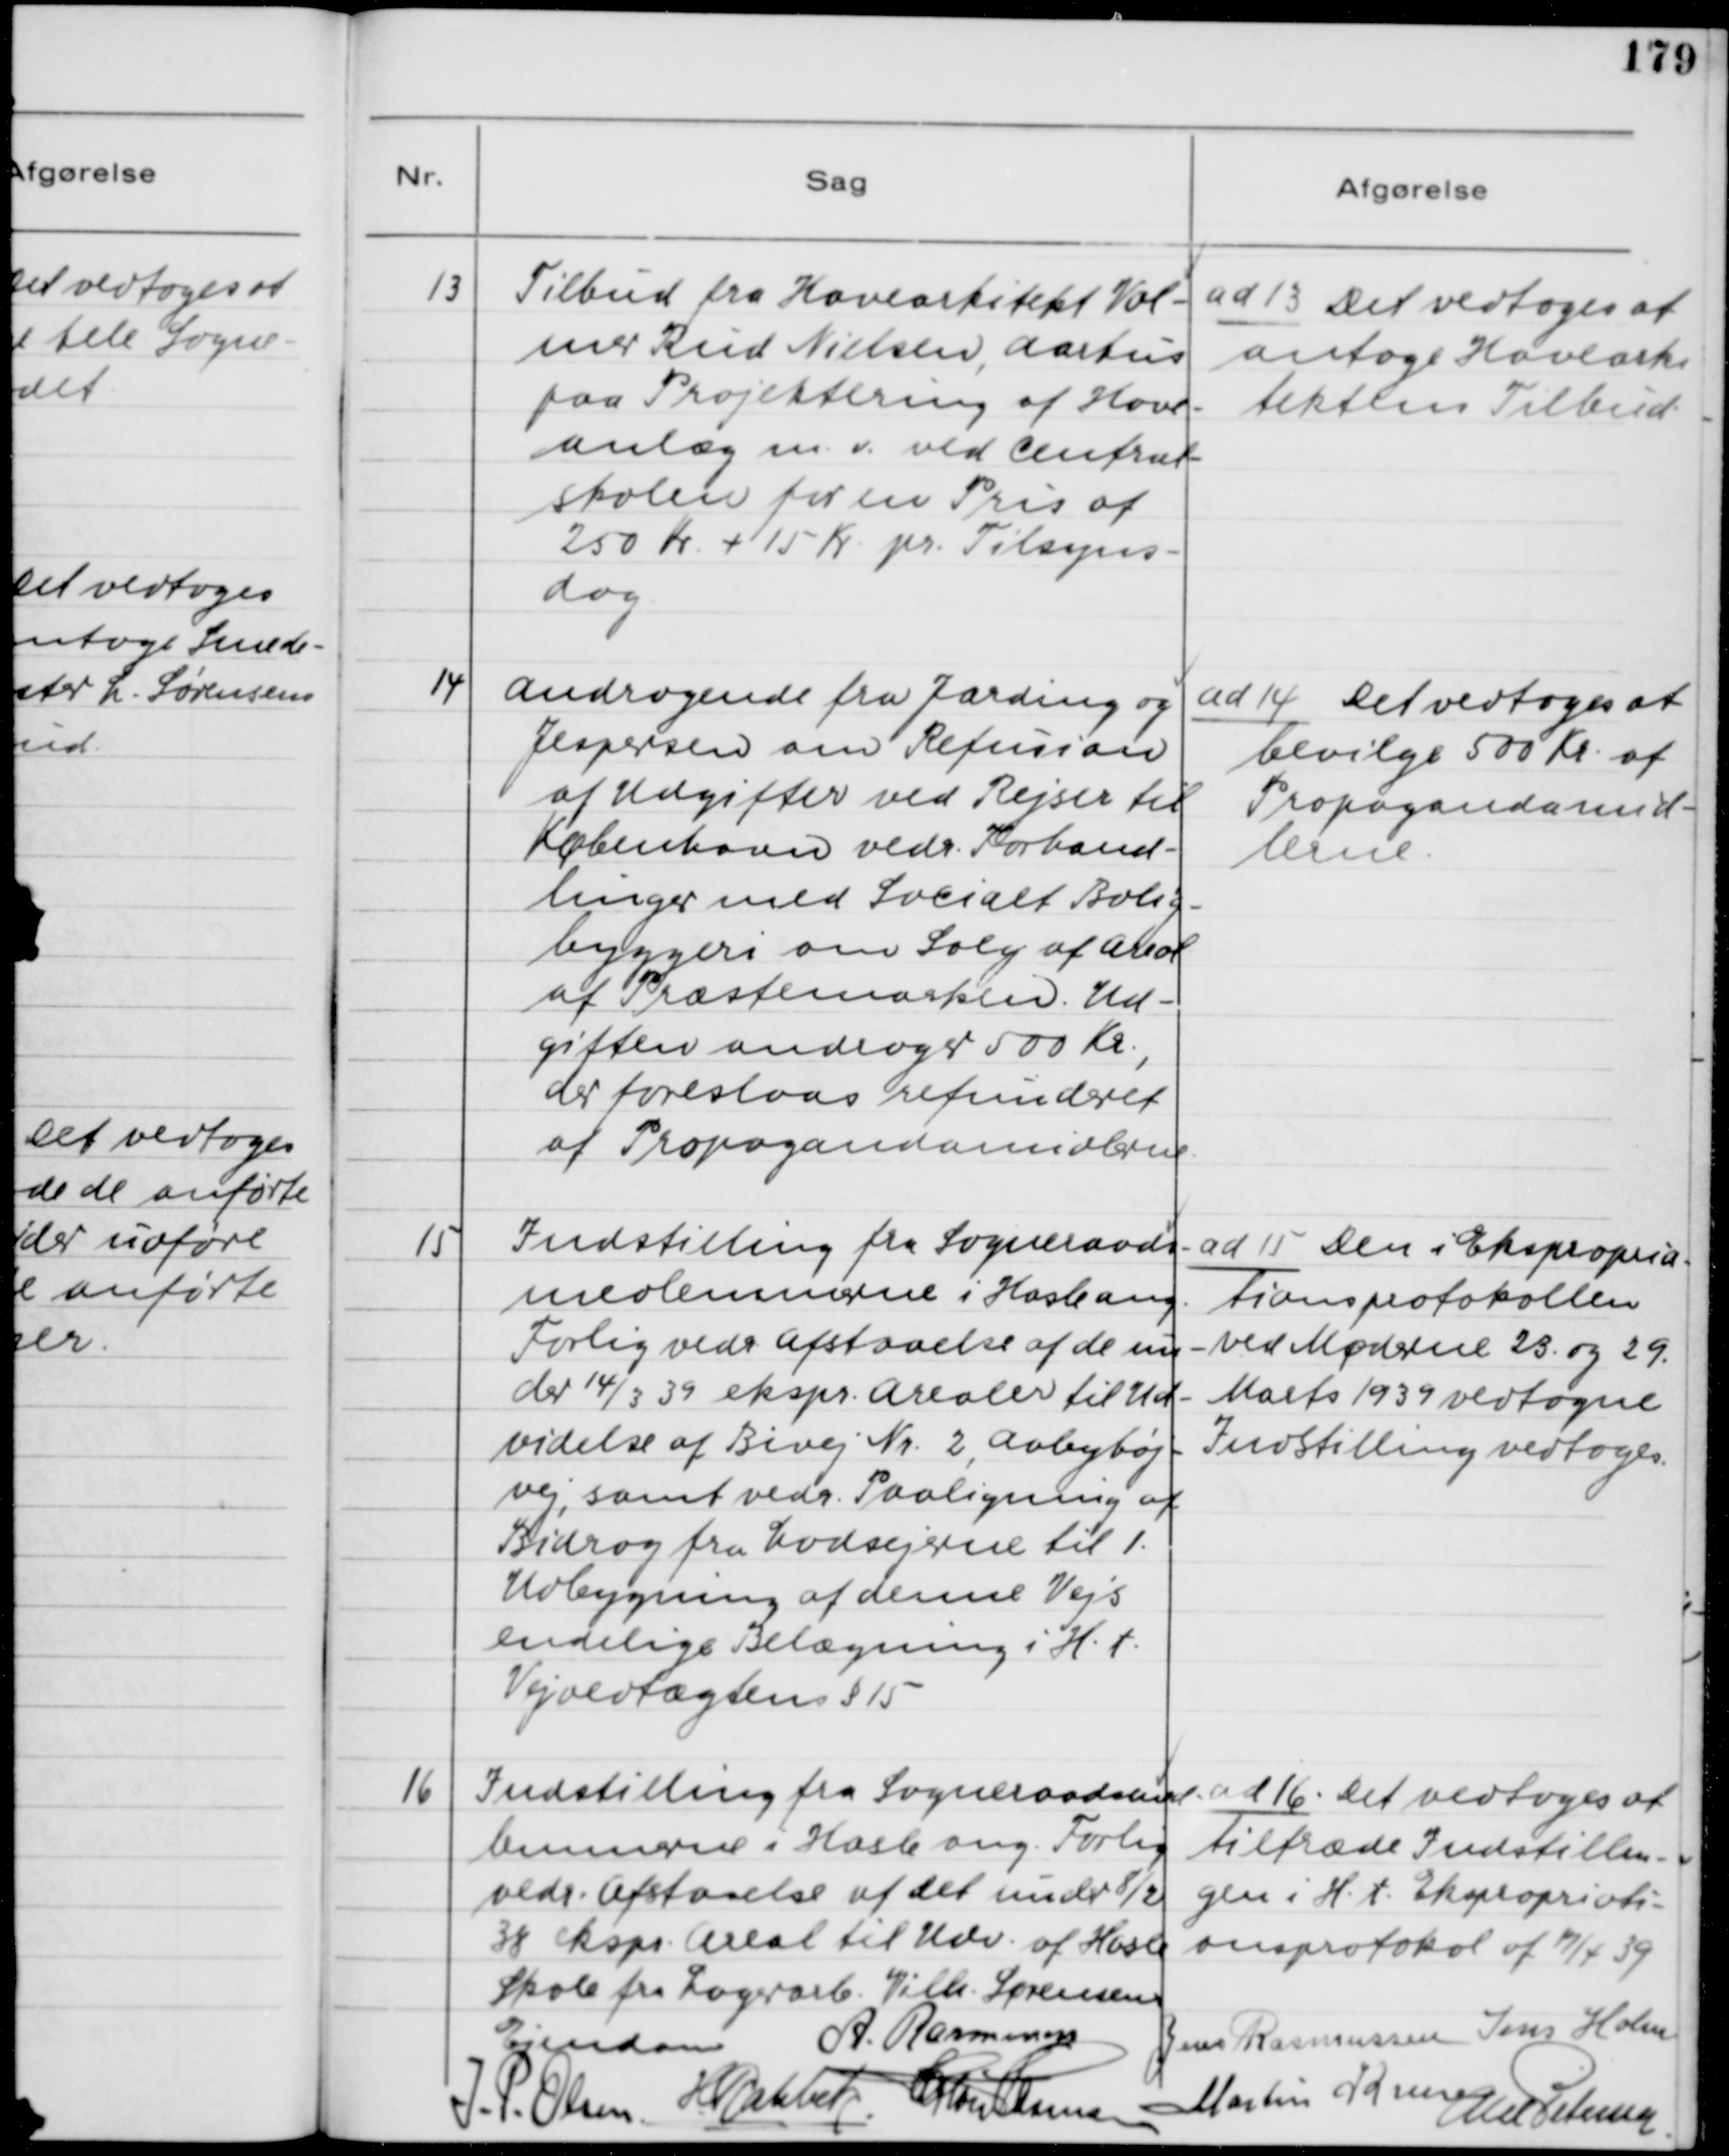
Transskription:
13
Tilbud fra Havearkitekt Vol-
mer Rud Nielsen, Aarhus
paa Projektering af Have-
anlæg m.v. ved Central-
skolen for en Pris af
250 Kr. + 15 Kr. pr. Tilsyns-
dag.

ad 13. Det vedtoges at
antage Havearki-
tektens Tilbud.

14
Andragende fra Jarding og
Jespersen om Refusion
af Udgifter ved Rejser til
København vedr. Forhand-
linger med Socialt Bolig-
byggeri om Salg af Areal
af Præstemarken. Ud-
giften andrager 500 Kr.,
der foreslaas refunderet
af Propagandamidlerne.

ad 14. Det vedtoges at
bevilge 500 Kr. af
Propagandamid-
lerne.

15
Indstilling fra Sogneraads-
medlemmerne i Hasle ang.
Forlig vedr. Afstaaelse af de un-
der 14/3 39 ekspr. Arealer til Ud-
videlse af Bivej Nr. 2, Aabyhøj-
vej, samt vedr. Paaligning af
Bidrag fra Lodsejerne til 1.
Udbygning af denne Vejs
endelige Belægning i H.t.
Vejvedtægtens §15.

ad 15. Den i Ekspropria-
tionsprotokollen
ved Møderne 23. og 29.
Marts 1939 vedtagne
Indstilling vedtoges.

16
Indstilling fra Sogneraadsmed-
lemmerne i Hasle ang. Forlig
vedr. Afstaaelse af det under 8/2
38 ekspr. Areal til Udv. af Hasle
Skole fra Lagerarb. Vilh. Sørensens
Ejendom

ad 16. Det vedtoges at
tiltræde Indstillin-
gen i H.t. Eksproprioti-
onsprotokollen af 17/4 39.